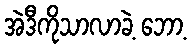
အဲဒီကိုသာလာခဲ့ ဘော့